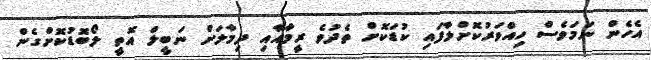
އެހެން ނަމަވެސް ހިއްވަރުކޮށްލާފައި ކުޑަކޮށް ތެދުވެ ރީމާއާއި ދިމާލަށް ނަބީލް އޮތީ ލޯބޮޑުކޮށްގެން